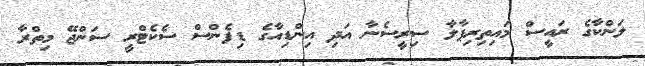
ލަންކާގެ ރައީސް މައިތިރިޕާލާ ސިރީސެނާ އަދި އިންޑިއާގެ ޑިފެންސް ސެކެޓްރީ ސަންޖޭ މިތްރާ